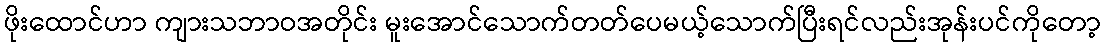
ဖိုးထောင်ဟာ ကျားသဘာဝအတိုင်း မူးအောင်သောက်တတ်ပေမယ့်သောက်ပြီးရင်လည်းအုန်းပင်ကိုတော့